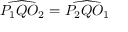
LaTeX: { \widehat { P _ { 1 } Q O _ { 2 } } } = { \widehat { P _ { 2 } Q O _ { 1 } } }